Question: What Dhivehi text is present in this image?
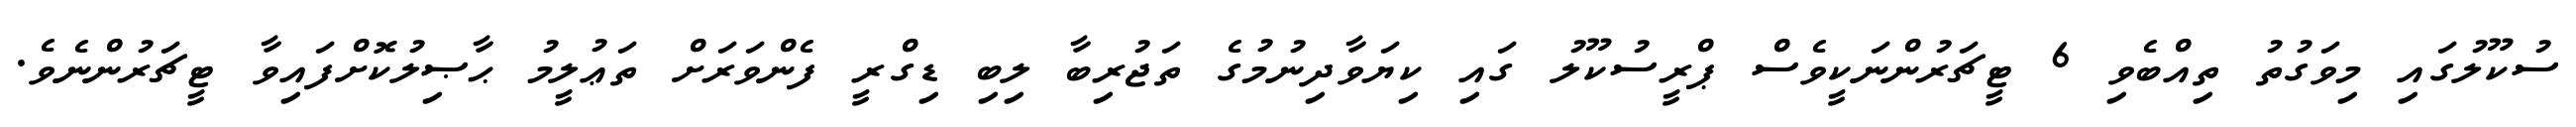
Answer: ސުކޫލުގައި މިވަގުތު ތިއްބެވި 6 ޓީޗަރުންނަކީވެސް ޕްރީސުކޫލު ގައި ކިޔަވާދިނުމުގެ ތަޖުރިބާ ލިބި ޑިގްރީ ފެންވަރަށް ތަޢުލީމު ޙާޞިލުކޮށްފައިވާ ޓީޗަރުންނެވެ.